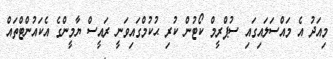
މިއަދު އެ މައްސަލައިގައި ސުޕްރީމް ކޯޓުން ކުރި ޙުކުމްގައިވަނީ ރައީސް ޔާމީންގެ އެކައުންޓްތައް